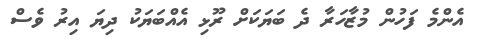
އެންމެ ފަހުން މުޒާހަރާ ދެ ބަޔަކަށް ރޫޅި އެއްބަޔަކު ދިޔަ އިރު ވެސް